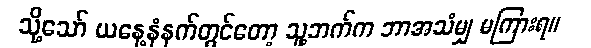
သို့သော် ယနေ့နံနက်တွင်တော့ သူ့ဘက်က ဘာအသံမျှ မကြားရ။